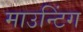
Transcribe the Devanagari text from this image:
माउन्टिंग